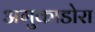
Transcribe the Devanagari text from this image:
अगुकाडोरा